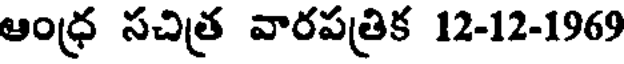
ఆంధ్ర సచిత్ర వారపత్రిక 12-12-1969